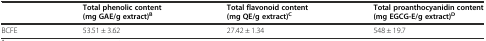
<table><thead><tr><td></td><td><b>Total phenolic content (mg GAE/g extract)<sup>B</sup></b></td><td><b>Total flavonoid content (mg QE/g extract)<sup>C</sup></b></td><td><b>Total proanthocyanidin content (mg EGCG-E/g extract)<sup>D</sup></b></td></tr></thead><tbody><tr><td>BCFE</td><td>53.51 ± 3.62</td><td>27.42 ± 1.34</td><td>548 ± 19.7</td></tr></tbody></table>